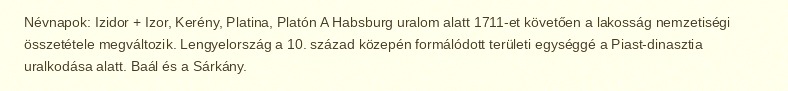
Névnapok: Izidor + Izor, Kerény, Platina, Platón A Habsburg uralom alatt 1711-et követően a lakosság nemzetiségi összetétele megváltozik. Lengyelország a 10. század közepén formálódott területi egységgé a Piast-dinasztia uralkodása alatt. Baál és a Sárkány.